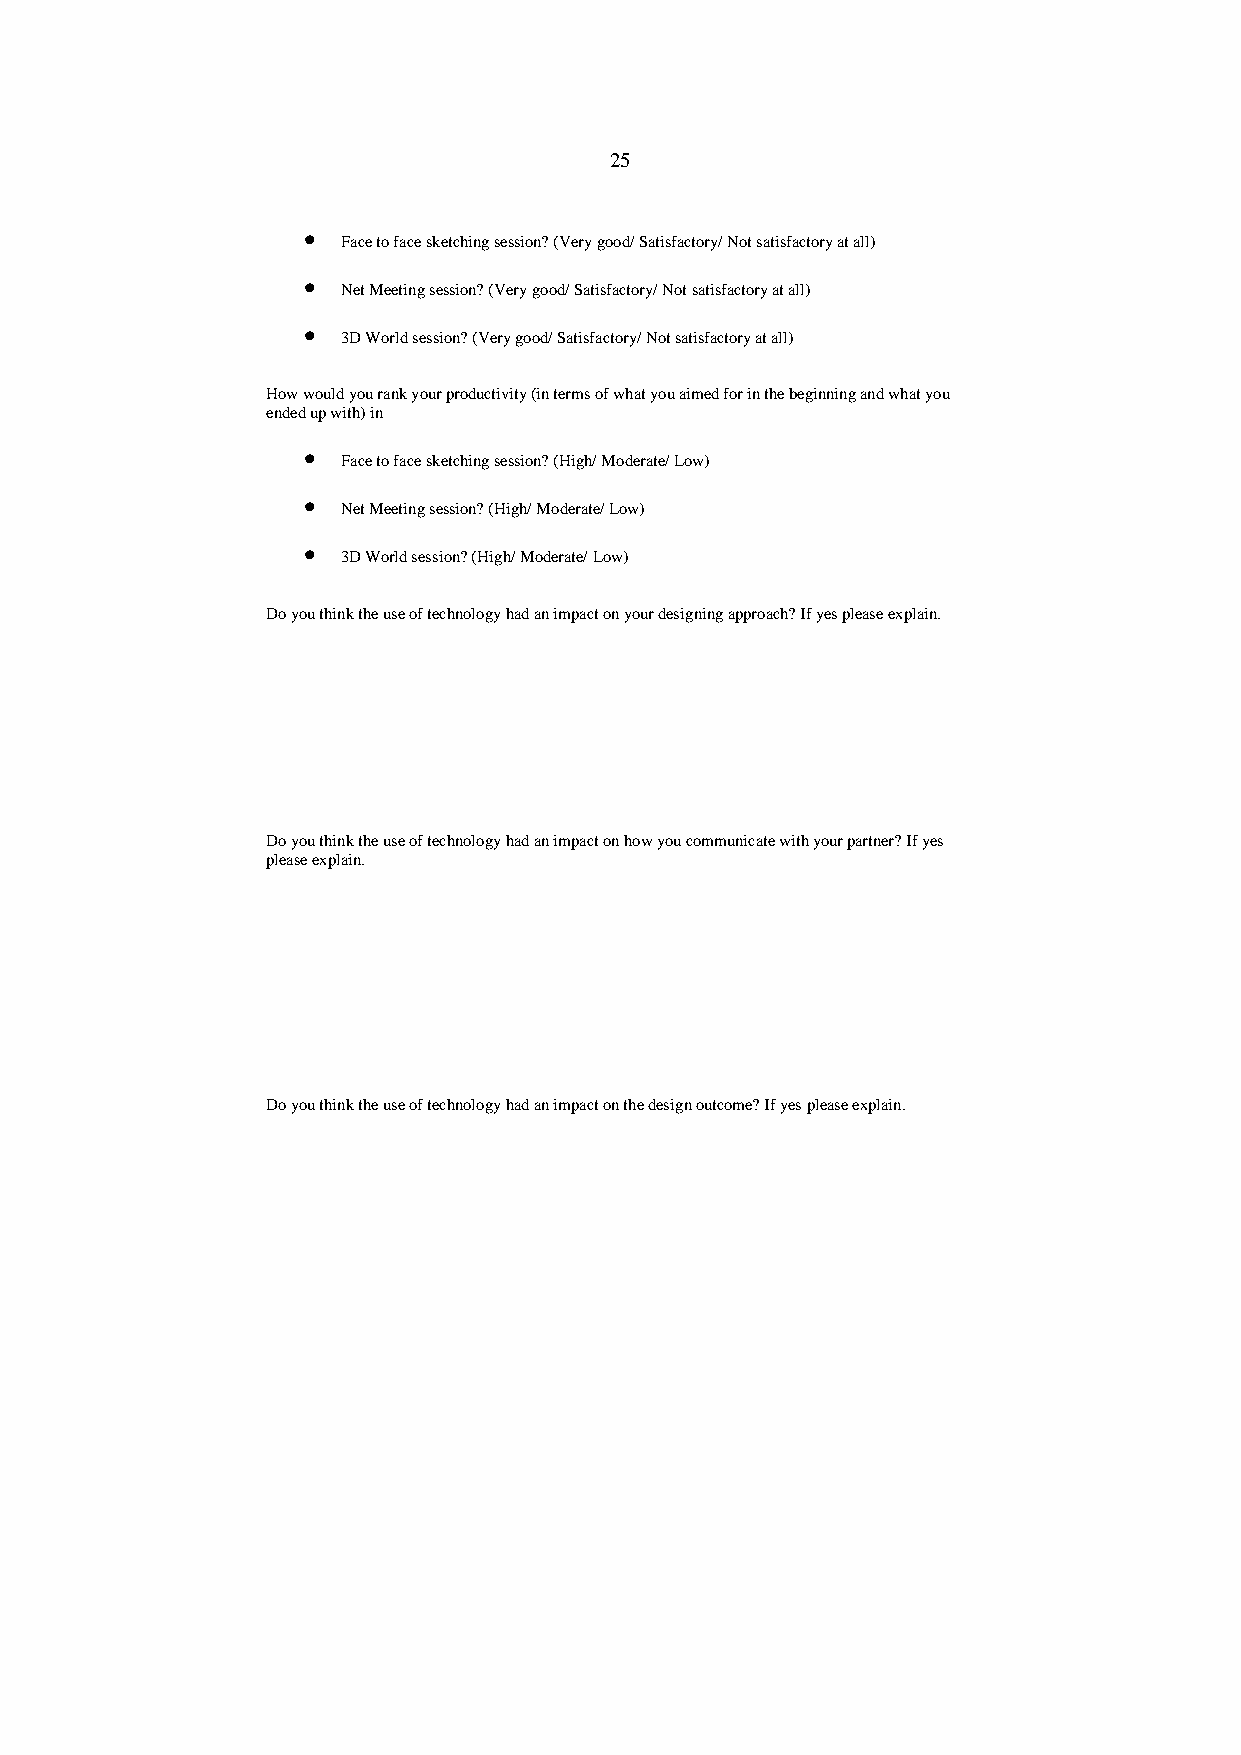
25
 •
 Face to face sketching session? (Very good/ Satisfactory/ Not satisfactory at all)
 •
 Net Meeting session? (Very good/ Satisfactory/ Not satisfactory at all)
 •
 3D World session? (Very good/ Satisfactory/ Not satisfactory at all)
 How would you rank your productivity (in terms of what you aimed for in the beginning and what you
 ended up with) in
 •
 Face to face sketching session? (High/ Moderate/ Low)
 •
 Net Meeting session? (High/ Moderate/ Low)
 •
 3D World session? (High/ Moderate/ Low)
 Do you think the use of technology had an impact on your designing approach? If yes please explain.
 Do you think the use of technology had an impact on how you communicate with your partner? If yes
 please explain.
 Do you think the use of technology had an impact on the design outcome? If yes please explain.